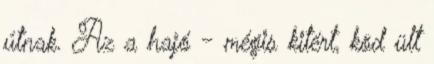
útnak. Az a hajó - mégis kitért, köd ült